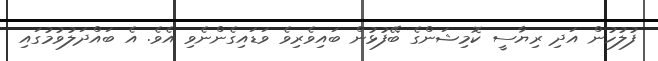
ފުލުހުން އަދި ރިޔާސީ ކޮމިޝަންގެ ބޭފުޅުން ބައިވެރިވެ ވަޑައިގެންނެވި އެވެ. އެ ބައްދަލުވުމުގައި